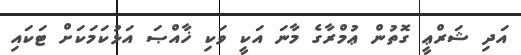
އަދި ޝަރްޢީ ގޮތުން ޢުމްރާގެ މާނަ އަކީ ވަކި ޚާއްޞަ އަޅުކަމަކަށް ޓަކައި